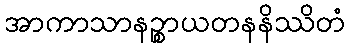
အာကာသာနဉ္စာယတနနိဿိတံ